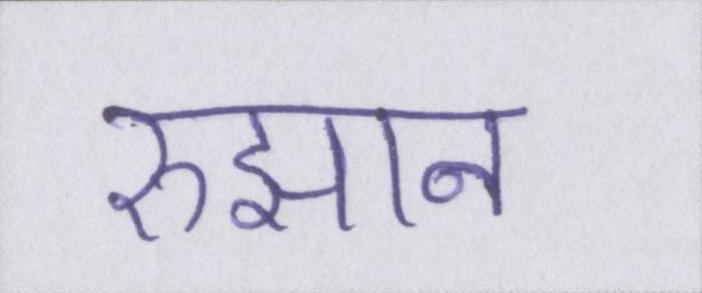
रुझान